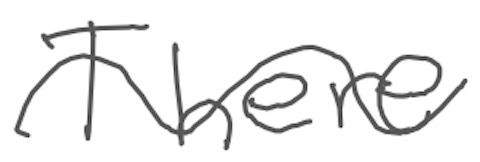
Text: There
Cross-out: mix
Writing tool: digital_gray